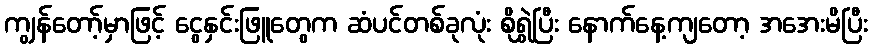
ကျွန်တော့်မှာဖြင့် ငွေနှင်းဖြူတွေက ဆံပင်တစ်ခုလုံး စိုရွှဲပြီး နောက်နေ့ကျတော့ အအေးမိပြီး